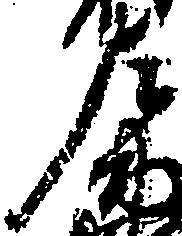
左